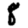
Digit: 8